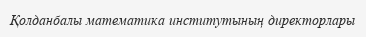
Қолданбалы математика институтының директорлары